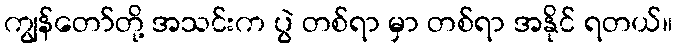
ကျွန်တော်တို့ အသင်းက ပွဲ တစ်ရာ မှာ တစ်ရာ အနိုင် ရတယ်။